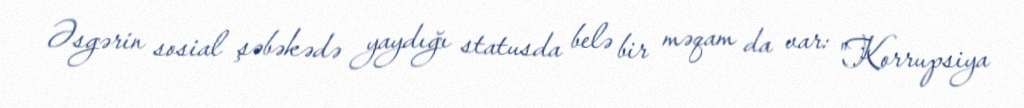
Əsgərin sosial şəbəkədə yaydığı statusda belə bir məqam da var: "Korrupsiya